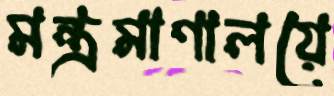
মন্ত্রমাণালয়ে